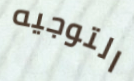
التوجيه